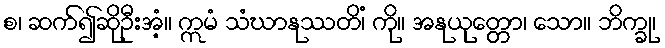
စ၊ ဆက်၍ဆိုဦးအံ့။ ဣမံ သံဃာနုဿတိံ၊ ကို။ အနုယုတ္တော၊ သော။ ဘိက္ခု၊